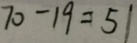
7 0 - 1 9 = 5 1